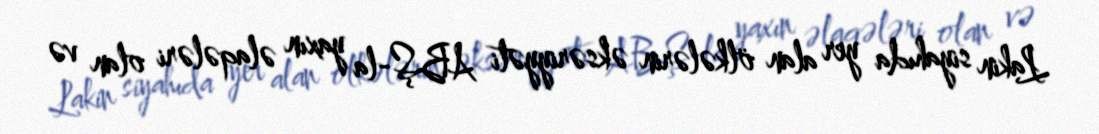
Lakin siyahıda yer alan ölkələrin əksəriyyəti ABŞ-la yaxın əlaqələri olan və